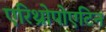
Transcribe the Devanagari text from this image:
एरिथ्रोपोएटिन